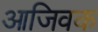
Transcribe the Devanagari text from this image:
आजिवक